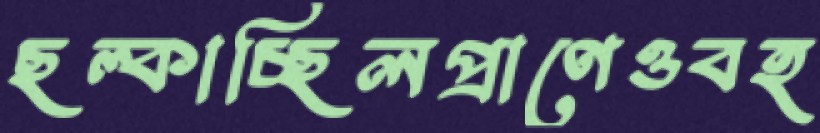
ছল্‌কাচ্ছিলপ্রাণেওবহ